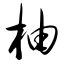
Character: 柚